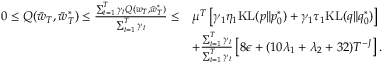
\begin{array} { r l } { 0 \leq Q ( \Bar { w } _ { T } , \bar { w } _ { T } ^ { * } ) \leq \frac { \sum _ { t = 1 } ^ { T } \gamma _ { t } Q ( w _ { T } , \bar { w } _ { T } ^ { * } ) } { \sum _ { t = 1 } ^ { T } \gamma _ { t } } \leq } & { \mu ^ { T } \left[ \gamma _ { 1 } \eta _ { 1 } \mathrm { K L } ( p \| p _ { 0 } ^ { * } ) + \gamma _ { 1 } \tau _ { 1 } \mathrm { K L } ( q \| q _ { 0 } ^ { * } ) \right] } \\ & { + \frac { \sum _ { t = 1 } ^ { T } \gamma _ { t } } { \sum _ { t = 1 } ^ { T } \gamma _ { t } } \left[ 8 \epsilon + ( 1 0 \lambda _ { 1 } + \lambda _ { 2 } + 3 2 ) T ^ { - J } \right] . } \end{array}